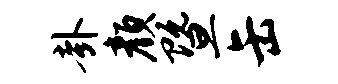
卦颜暨缶